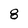
Character: 8